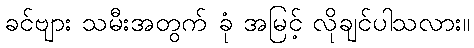
ခင်ဗျား သမီးအတွက် ခုံ အမြင့် လိုချင်ပါသလား။